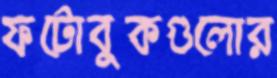
ফটোবুকগুলোর